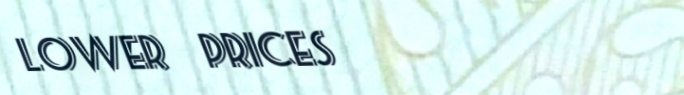
lower prices